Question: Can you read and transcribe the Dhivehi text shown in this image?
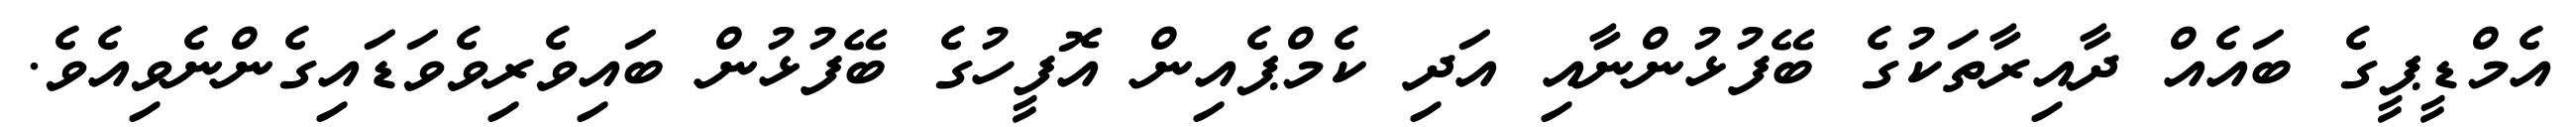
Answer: އެމްޑީޕީގެ ބައެއް ދާއިރާތަކުގެ ބޭފުޅުންނާއި އަދި ކެމްޕެއިން އޮފީހުގެ ބޭފުޅުން ބައިވެރިވެވަޑައިގެންނެވިއެވެ.